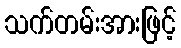
သက်တမ်းအားဖြင့်